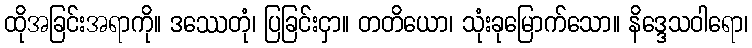
ထိုအခြင်းအရာကို။ ဒဿေတုံ၊ ပြခြင်းငှာ။ တတိယော၊ သုံးခုမြောက်သော။ နိဒ္ဒေသဝါရော၊